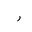
Letter: _ra